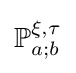
\mathbb {P} _{a;b}^{\xi ,\tau }